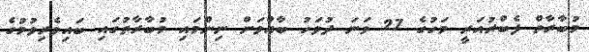
މުބާރާތް ފެބްރުއަރީ މަހުގެ 27 ވަނަ ދުވަހު ބާއްވަން ނިންމައި މުބާރާތުގައި ބައިވެރިވުމުގެ